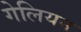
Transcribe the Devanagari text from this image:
गेलियन